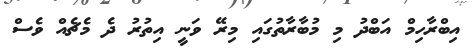
އިބްރާހިމް އަބްދު މި މުބާރާތުގައި މިރޭ ވަނީ އިތުރު ދެ މެޗެއް ވެސް